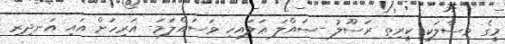
މީގެ މިސާލަކީ ކީރިތި ރަސޫލު -ޞައްލަ ޢަލައިހި ވަސައްލަމަ- އަރިހަށް އައި އަނދިރި